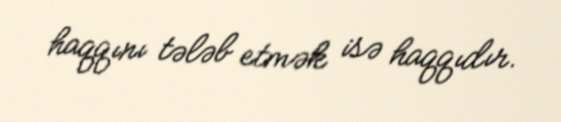
haqqını tələb etmək isə haqqıdır.